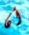
أن